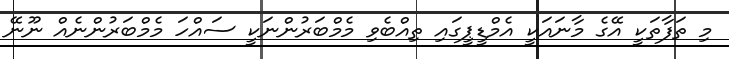
މި ތަފާތަކީ އޭގެ މާނައަކީ އެމްޑީޕީގައި ތިއްބެވި މެމްބަރުންނަކީ ސައްހަ މެމްބަރުންނެއް ނޫނޭ